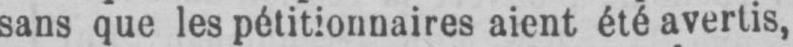
sans que les pétitionnaires aient été avertis,